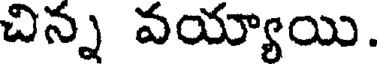
చిన్న వయ్యాయి.